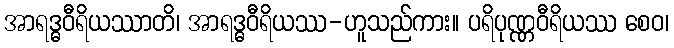
အာရဒ္ဓဝီရိယဿာတိ၊ အာရဒ္ဓဝီရိယဿ-ဟူသည်ကား။ ပရိပုဏ္ဏဝီရိယဿ စေဝ၊